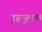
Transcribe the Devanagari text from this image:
दृढ़मूलक